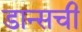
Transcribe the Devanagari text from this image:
डान्सची